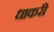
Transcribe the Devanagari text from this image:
धाकरी